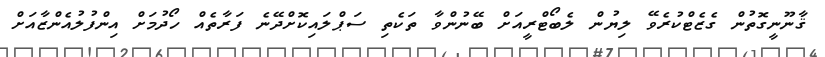
ޤާނޫނީގޮތުން ގެޒެޓްކުރެވޭ ލިޔުން ލެބޯޓްރީއަށް ބޭނުންވާ ތަކެތި ސަޕްލައިކޮށްދޭނެ ފަރާތެއް ހޯދުމަށް އިންފުލުއެންޒާއަށް